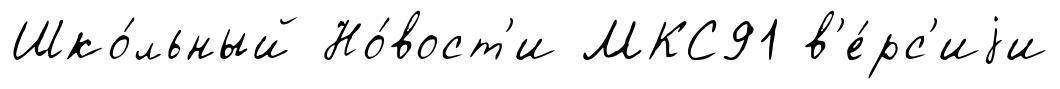
Шко́льный Но́вост'и МКС91 в'е́рс'иjи